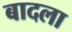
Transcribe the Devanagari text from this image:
बादला